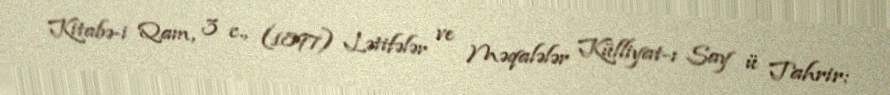
Kitabə-i Qam, 3 c., (1897) Lətifələr ve Məqalələr Külliyat-ı Say ü Tahrir: